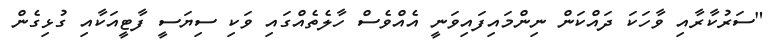
"ސަރުކާރާއި ވާހަކަ ދައްކަން ނިންމައިފައިވަނީ އެއްވެސް ހާލެތެއްގައި ވަކި ސިޔަސީ ފާޓީއަކާއި ގުޅިގެން